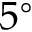
5 ^ { \circ }